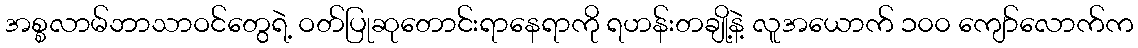
အစ္စလာမ်ဘာသာဝင်တွေရဲ့ ဝတ်ပြုဆုတောင်းရာနေရာကို ရဟန်းတချို့နဲ့ လူအယောက် ၁၀၀ ကျော်လောက်က